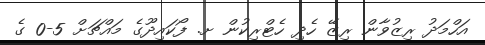
އަހްމަދު ރިޒުވާން ރިޒޭ ހެދި ހެޓްރިކުން ށ. ފޯކައިދޫގެ މައްޗަށް 5-0 ގެ